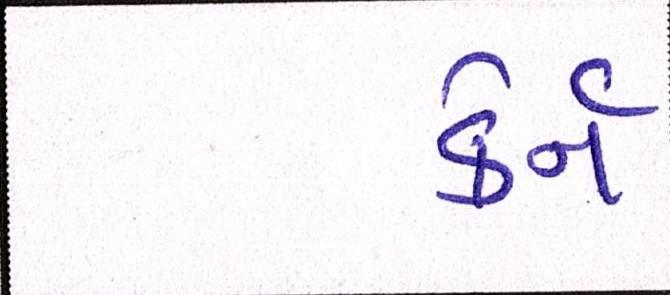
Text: કેર્ન